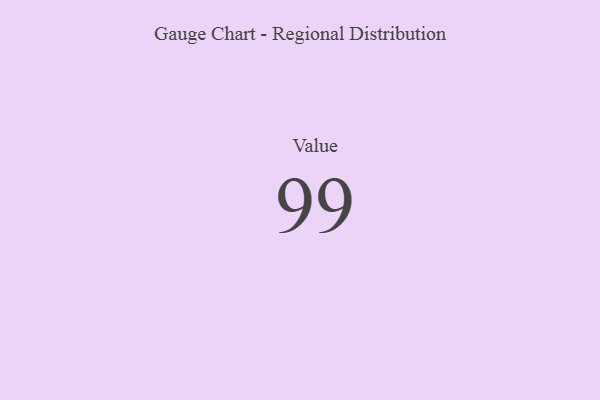
{"axis": {"x": "Metric", "y": "Value"}, "legend": [""], "data": [{"x": "Value", "y": 99, "type": ""}]}